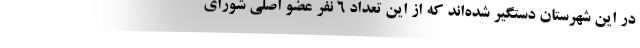
در این شهرستان دستگیر شده‌اند که از این تعداد ۶ نفر عضو اصلی شورای